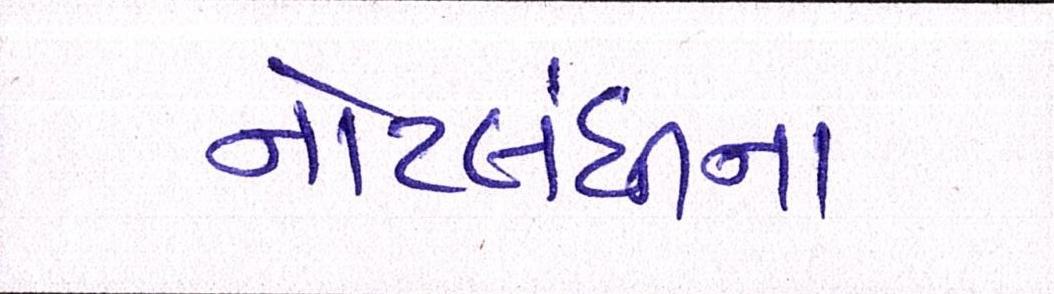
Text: નોટબંધીના